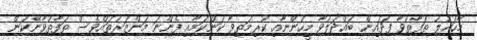
މާހައުލު ތަފާތުވާ ފަދައިން ބައްދަލުވާ މީހުންނާއި ކުރިމަތިވާ ކަންކަމާއި ފެންނަ މަންޒަރުތައްވެސް ތަފާތުވާނޭކަން